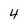
Character: 4